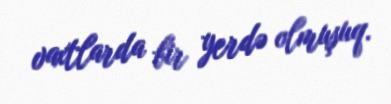
vaxtlarda bir yerdə olmuşuq.